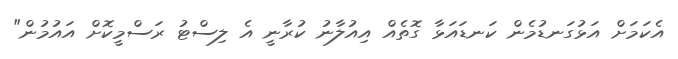
އެކަމަށް އަޅުގަނޑުމެން ކަނޑައަޅާ ގޮތެއް އިއުލާނު ކުރާނީ އެ ލިސްޓު ރަސްމީކޮށް އައުމުން"